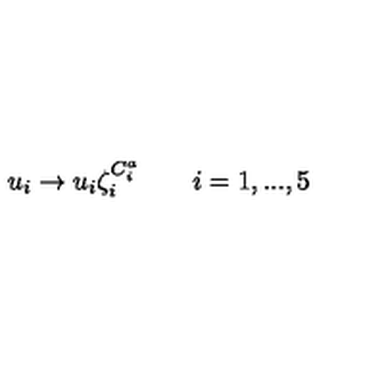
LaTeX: u _ { i } \rightarrow u _ { i } \zeta _ { i } ^ { C _ { i } ^ { a } } \qquad i = 1 , . . . , 5